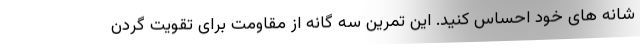
شانه های خود احساس کنید. این تمرین سه گانه از مقاومت برای تقویت گردن